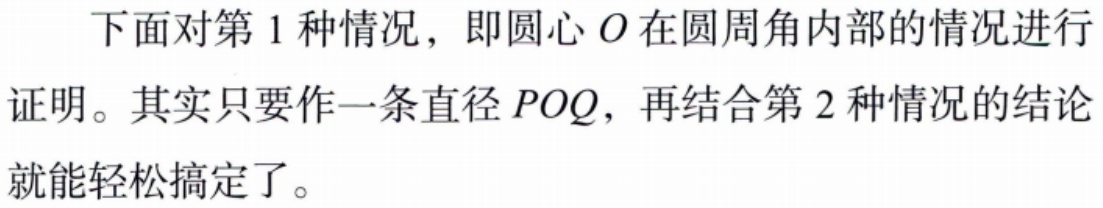
下面对第 1 种情况，即圆心 \(O\) 在圆周角内部的情况进行
证明。其实只要作一条直径 \(POQ\)，再结合第 2 种情况的结论
就能轻松搞定了。